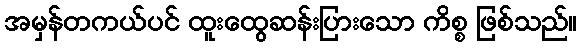
အမှန်တကယ်ပင် ထူးထွေဆန်းပြားသော ကိစ္စ ဖြစ်သည်။